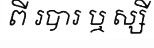
ពី របារ ឬ ស្សី